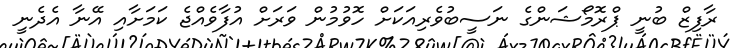
ރާފިޒް ބުނީ ޕްރޮމޯޝަންގެ ނަސީބުވެރިއަކަށް ހޮވުމުން ވަރަށް އުފާވެއްޖެ ކަމަށާއި އޭނާ އެދެނީ